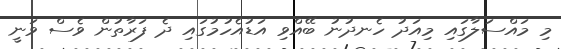
މި މައްސަލާގައި މިއަދު ހެނދުނު ބޭއްވި އަޑުއެހުމުގައި ދެ ފަރާތުން ވެސް ވަނީ